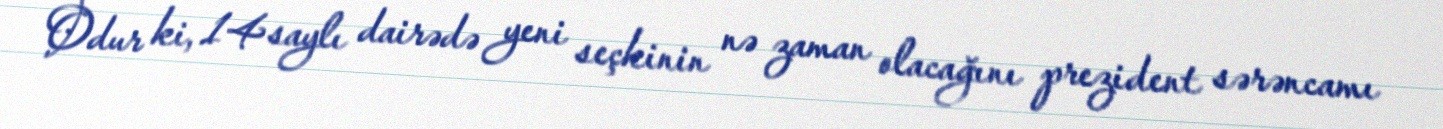
Odur ki, 14 saylı dairədə yeni seçkinin nə zaman olacağını prezident sərəncamı